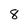
Character: 8